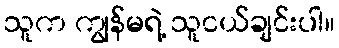
သူက ကျွန်မရဲ့ သူငယ်ချင်းပါ။